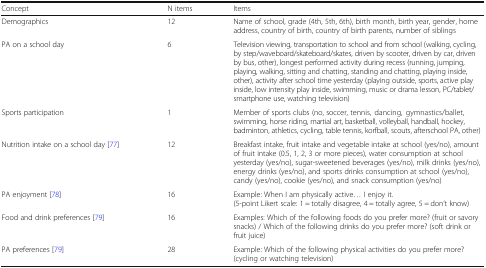
<table><thead><tr><td><b>Concept</b></td><td><b>N items</b></td><td><b>Items</b></td></tr></thead><tbody><tr><td>Demographics</td><td>12</td><td>Name of school, grade (4th, 5th, 6th), birth month, birth year, gender, home address, country of birth, country of birth parents, number of siblings</td></tr><tr><td>PA on a school day</td><td>6</td><td>Television viewing, transportation to school and from school (walking, cycling, by step/waveboard/skateboard/skates, driven by scooter, driven by car, driven by bus, other), longest performed activity during recess (running, jumping, playing, walking, sitting and chatting, standing and chatting, playing inside, other), activity after school time yesterday (playing outside, sports, active play inside, low intensity play inside, swimming, music or drama lesson, PC/tablet/smartphone use, watching television)</td></tr><tr><td>Sports participation</td><td>1</td><td>Member of sports clubs (no, soccer, tennis, dancing, gymnastics/ballet, swimming, horse riding, martial art, basketball, volleyball, handball, hockey, badminton, athletics, cycling, table tennis, korfball, scouts, afterschool PA, other)</td></tr><tr><td>Nutrition intake on a school day [77]</td><td>12</td><td>Breakfast intake, fruit intake and vegetable intake at school (yes/no), amount of fruit intake (0.5, 1, 2, 3 or more pieces), water consumption at school yesterday (yes/no), sugar-sweetened beverages (yes/no), milk drinks (yes/no), energy drinks (yes/no), and sports drinks consumption at school (yes/no), candy (yes/no), cookie (yes/no), and snack consumption (yes/no)</td></tr><tr><td>PA enjoyment [78]</td><td>16</td><td>Example: When I am physically active... I enjoy it.(5-point Likert scale: 1 = totally disagree, 4 = totally agree, 5 = don’t know)</td></tr><tr><td>Food and drink preferences [79]</td><td>16</td><td>Examples: Which of the following foods do you prefer more? (fruit or savory snacks) / Which of the following drinks do you prefer more? (soft drink or fruit juice)</td></tr><tr><td>PA preferences [79]</td><td>28</td><td>Example: Which of the following physical activities do you prefer more? (cycling or watching television)</td></tr></tbody></table>